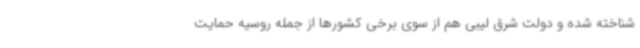
شناخته شده و دولت شرق لیبی هم از سوی برخی کشورها از جمله روسیه حمایت